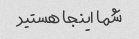
شما اینجا هستید